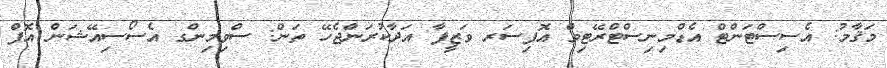
މަޤާމު: އެސިސްޓަންޓް އެޑްމިނިސްޓްރޭޓިވް އޮފިސަރ ވަޒީފާ އަދާކުރަންޖެހޭ ތަން: ސްވިމިންގ އެސޯސިއޭޝަން އޮފް